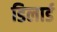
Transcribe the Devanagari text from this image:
डिलार्ड